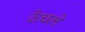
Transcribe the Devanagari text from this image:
ठेचले